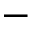
-